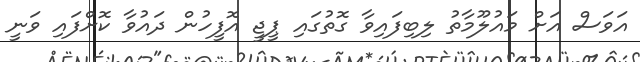
އަވަސް އަށް މައުލޫމާތު ލިބިފައިވާ ގޮތުގައި ޕީޖީ އޮފީހުން ދައުވާ ކޮށްފައި ވަނީ